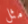
مثل